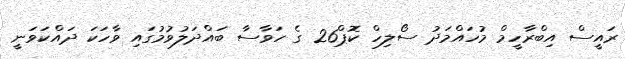
ރައީސް އިބްރާހީމް މުހައްމަދު ސޯލިހް ކޮޕް26 ގެ ހަވާސާ ބައްދަލުވުމުގައި ވާހަކަ ދައްކަވަނީ